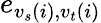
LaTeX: e_{{v_{s}}(i),{v_{t}}(i)}